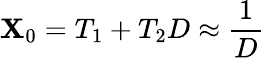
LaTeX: \mathbf{X}_{0}=T_{1}+T_{2}D\approx{\frac{{1}}{{D}}}